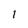
Character: 1